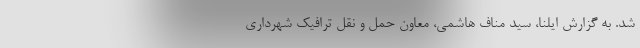
شد. به گزارش ایلنا، سید مناف هاشمی، معاون حمل و نقل ترافیک شهرداری